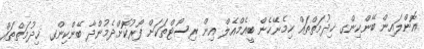
އޮންލައިން ބޭންކިންގ ޚިދުމަތްތައް ހިމެނޭހެން ބީއެމްއެލް އިން ރިސޯޓްތަކަށް ފޯރުކޮށްދެމުންދާ ބޭންކިންގ ޚިދުމަތްތައް